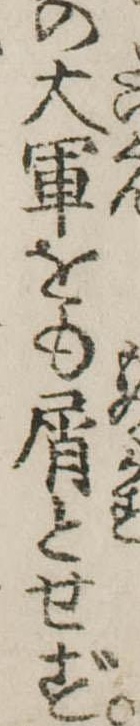
の大軍をも屑とせず